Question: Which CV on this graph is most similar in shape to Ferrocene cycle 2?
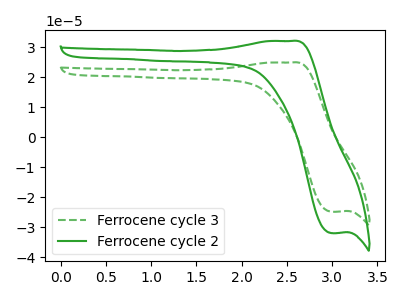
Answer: <think>The green dashed curve "Ferrocene cycle 3" has an anodic peak at (2.55V, 24.85uA) and a cathodic peak at (3.00V, -24.85uA). The green curve "Ferrocene cycle 2" has an anodic peak at (2.55V, 32.00uA) and a cathodic peak at (3.00V, -32.00uA).
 All the peaks in "Ferrocene cycle 3" have a peak in "Ferrocene cycle 2" at the same potential. Every peak in "Ferrocene cycle 3" is lower than every peak in "Ferrocene cycle 2".</think>
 <answer>The CV with the most similar shape to "Ferrocene cycle 3" is "Ferrocene cycle 2".</answer>
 <eval>"Ferrocene cycle 2"</eval>